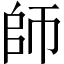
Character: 師